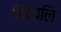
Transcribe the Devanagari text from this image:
पिप्पलि